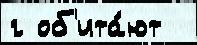
г об'ита́ют